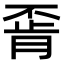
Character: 𫠶